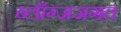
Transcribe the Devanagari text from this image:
ब्लॉग्जजगत